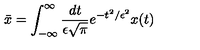
\bar { x } = \int _ { - \infty } ^ { \infty } { \frac { d t } { \epsilon \sqrt { \pi } } } e ^ { - t ^ { 2 } / \epsilon ^ { 2 } } x ( t )